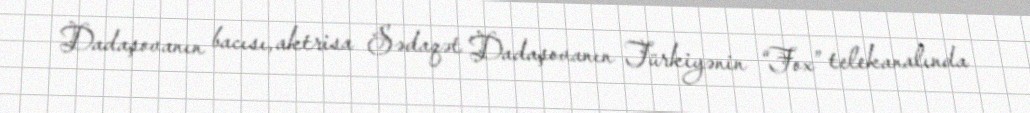
Dadaşovanın bacısı, aktrisa Sədaqət Dadaşovanın Türkiyənin “Fox” telekanalında